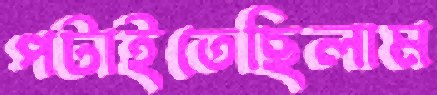
পটাইতেছিলাম